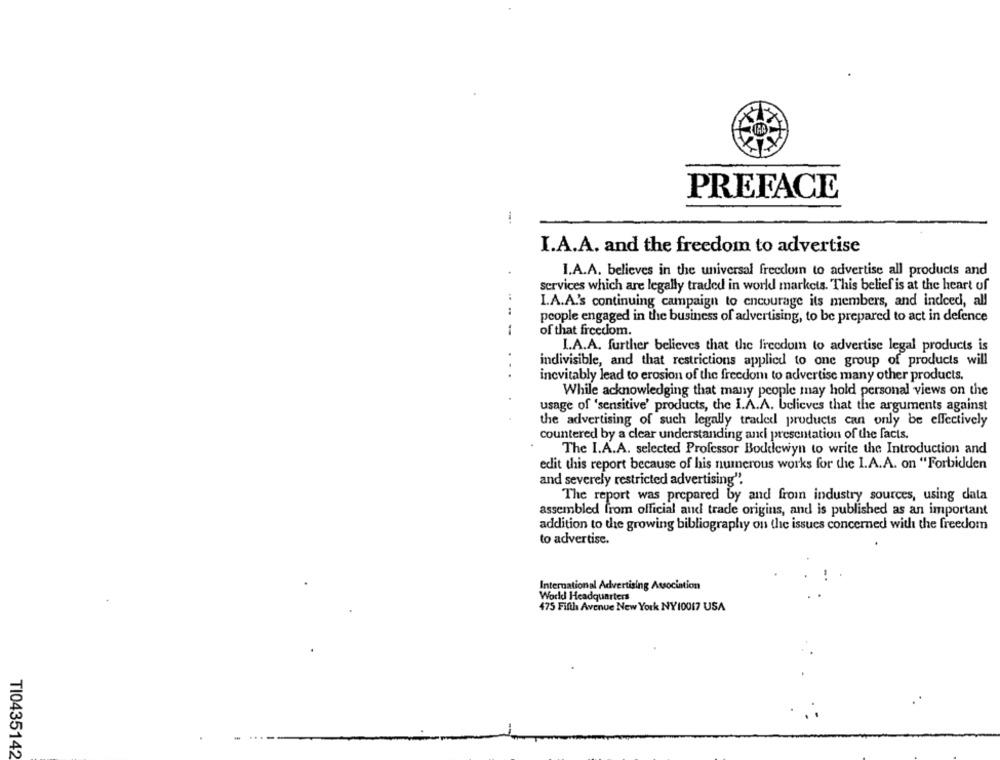
XI
PREFACE
I.A.A. and the freedom to advertise
I.A.A. believes in the universal freedom to advertise all products and
services which are legally traded in world markets. This belief is at the heart of
I.A.A.'s continuing campaign to encourage its members, and indeed, all
people engaged in the business of advertising, to be prepared to act in defence
of that freedom.
I.A.A. further believes that the freedom to advertise legal products is
indivisible, and that restrictions applied to one group of products will
inevitably lead to erosion of the freedom to advertise many other products.
While acknowledging that many people may hold personal views on the
usage of 'sensitive' products, the I.A.A. believes that the arguments against
the advertising of such legally traded products can only be effectively
countered by a clear understanding and presentation of the facts.
The I.A.A. selected Professor Boddewyn to write the Introduction and
edit this report because of his numerous works for the I.A.A. on "Forbidden
and severely restricted advertising".
The report was prepared by and from industry sources, using data
assembled from official and trade origins, and is published as an important
addition to the growing bibliography on the issues concerned with the freedom
to advertise.
International Advertising Association
World Headquarters
475 Fifth Avenue New York NY10017 USA
TI0435142